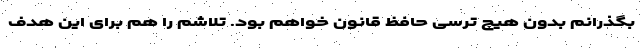
بگذرانم بدون هیچ ترسی حافظ قانون خواهم بود. تلاشم را هم برای این هدف